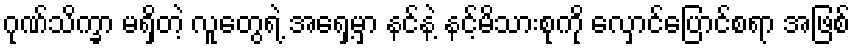
ဂုဏ်သိက္ခာ မရှိတဲ့ လူတွေရဲ့ အရှေ့မှာ နင်နဲ့ နင့်မိသားစုကို လှောင်ပြောင်စရာ အဖြစ်